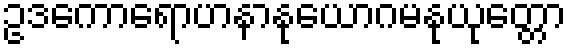
ဥဒကောရောဟနာနုယောဂမနုယုတ္တော